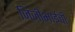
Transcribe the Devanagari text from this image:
जिजीभाईंची